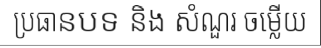
ប្រធានបទ និង សំណួរ ចម្លើយ